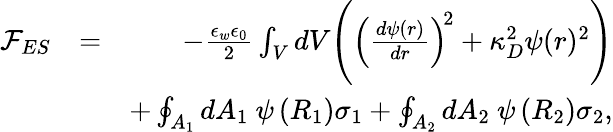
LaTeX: \begin{array}{rlr}{{\mathcal F}_{ES}}&{=}&{-\frac{\epsilon_{w}\epsilon_{0}}{2}\int_{V}dV\Bigg(\left(\frac{d\psi(r)}{dr}\right)^{\! 2}+\kappa_{D}^{2}\psi(r)^{2}\Bigg)}\\ &{}&{+\oint_{A_{1}}dA_{1}~\psi\left(R_{1}\right)\sigma_{1}+\oint_{A_{2}}dA_{2}~\psi\left(R_{2}\right)\sigma_{2},}\end{array}